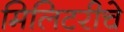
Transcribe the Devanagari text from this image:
मिलिटरीचे